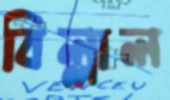
বিল্লাল